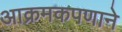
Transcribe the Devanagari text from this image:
आक्रमकपणाने